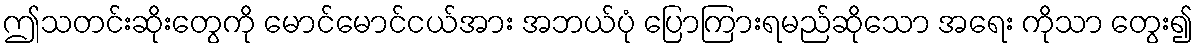
ဤသတင်းဆိုးတွေကို မောင်မောင်ငယ်အား အဘယ်ပုံ ပြောကြားရမည်ဆိုသော အရေး ကိုသာ တွေး၍